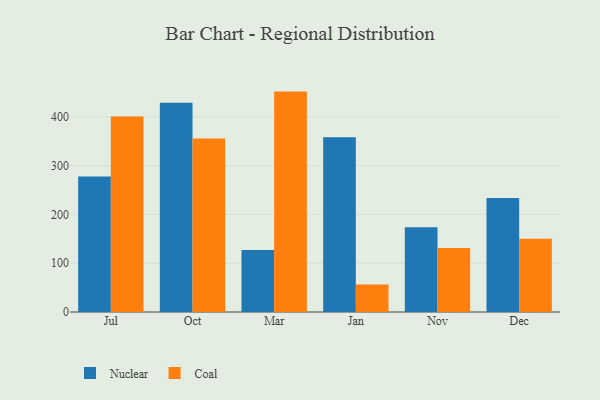
{"axis": {"x": "Month", "y": "Temperature (°C)"}, "legend": ["Coal", "Nuclear"], "data": [{"x": "Jul", "y": 277.7, "type": "Nuclear"}, {"x": "Jul", "y": 400.7, "type": "Coal"}, {"x": "Oct", "y": 428.5, "type": "Nuclear"}, {"x": "Oct", "y": 355.5, "type": "Coal"}, {"x": "Mar", "y": 127.1, "type": "Nuclear"}, {"x": "Mar", "y": 451.6, "type": "Coal"}, {"x": "Jan", "y": 358.2, "type": "Nuclear"}, {"x": "Jan", "y": 56.6, "type": "Coal"}, {"x": "Nov", "y": 173.9, "type": "Nuclear"}, {"x": "Nov", "y": 131.2, "type": "Coal"}, {"x": "Dec", "y": 233.8, "type": "Nuclear"}, {"x": "Dec", "y": 150.2, "type": "Coal"}]}